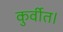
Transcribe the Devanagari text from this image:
कुर्वीत।